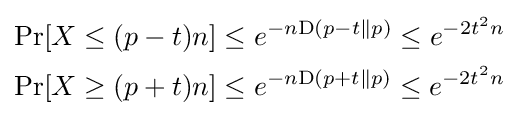
{\begin{aligned}\Pr[X\leq (p-t)n]&\leq e^{-n{\text{D}}(p-t\parallel p)}\leq e^{-2t^{2}n}\\\Pr[X\geq (p+t)n]&\leq e^{-n{\text{D}}(p+t\parallel p)}\leq e^{-2t^{2}n}\\\end{aligned}}\!